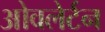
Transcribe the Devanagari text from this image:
ओवलेर्टन